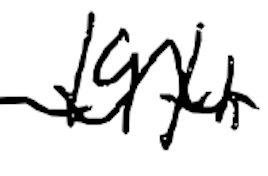
Text: 19th
Cross-out: wave
Writing tool: digital_black